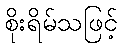
စိုးရိမ်သဖြင့်